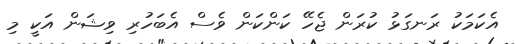
އެކަމަކު ރަނގަޅު ކުރަން ޖެހޭ ކަންކަން ވެސް އެބަހުރި ވިޝަން އަކީ މި